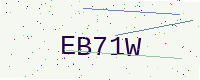
Text: EB71W